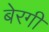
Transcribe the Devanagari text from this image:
बेरगी